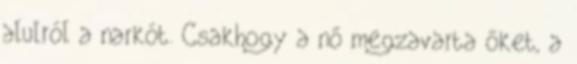
alulról a narkót. Csakhogy a nő megzavarta őket, a